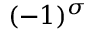
( - 1 ) ^ { \sigma }